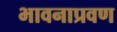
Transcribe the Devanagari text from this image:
भावनाप्रवण